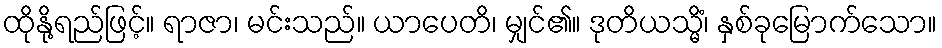
ထိုနို့ရည်ဖြင့်။ ရာဇာ၊ မင်းသည်။ ယာပေတိ၊ မျှင်၏။ ဒုတိယသ္မိံ၊ နှစ်ခုမြောက်သော။